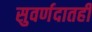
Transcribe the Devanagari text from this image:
सुवर्णदातही